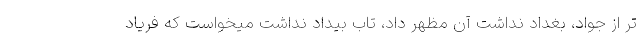
تر از جواد، بغداد نداشت آن مظهر داد، تاب بیداد نداشت میخواست که فریاد